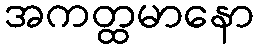
အကတ္ထမာနော